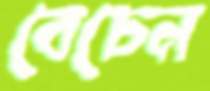
বেচেন